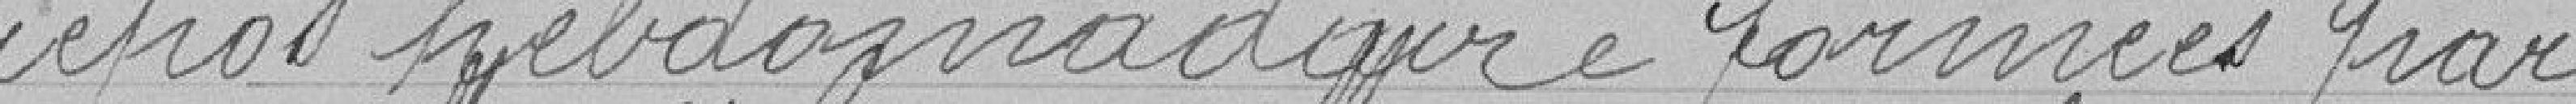
repos hebdomadaire formées par